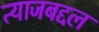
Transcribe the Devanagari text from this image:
त्याजबद्दल